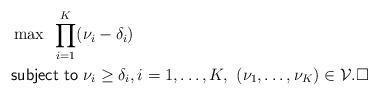
LaTeX: \begin{align*} &\max ~\prod_{i=1}^{K}(\nu_i-\delta_i) \\ &\mathsf{subject~ to}~ \nu_i\geq \delta_i, i=1,\ldots,K ,~(\nu_1,\ldots,\nu_{K})\in\mathcal{V}. \square \end{align*}